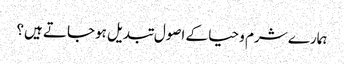
ہمارے شرم و حیا کے اصول تبدیل ہوجاتے ہیں؟